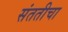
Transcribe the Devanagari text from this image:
संततीचा